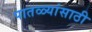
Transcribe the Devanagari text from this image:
पातळ्यांसाठी